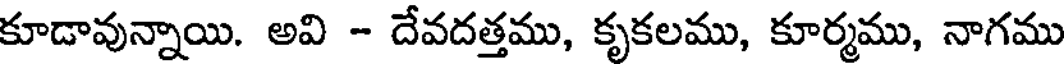
కూడావున్నాయి. అవి - దేవదత్తము, కృకలము, కూర్మము, నాగము